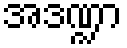
အဒဏ္ဍာ